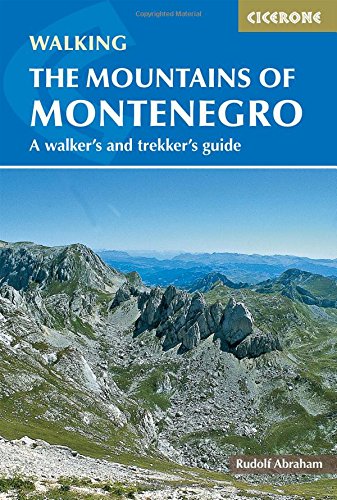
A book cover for The Mountains of Montenegro: A Walker's and Trekker's Guide; Rudolf Abraham; Travel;